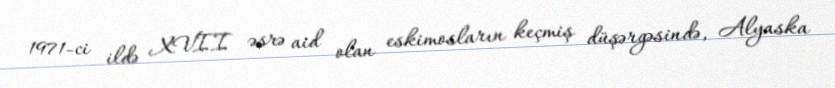
1971-ci ildə XVII əsrə aid olan eskimosların keçmiş düşərgəsində, Alyaska